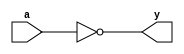
module cmos_not_gate(
    input a,
    output y
);

    assign y = ~a;

endmodule